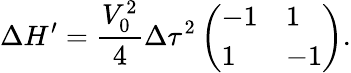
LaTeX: \Delta H^{\prime}=\frac{V_{0}^{2}}{4}\Delta\tau^{2}\left(\begin{array}{ll}{-1}&{1}\\ {1}&{-1}\end{array}\right).